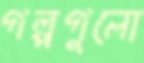
গল্পগুলো